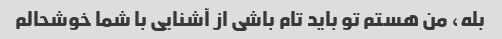
بله، من هستم تو باید تام باشی از آشنایی با شما خوشحالم